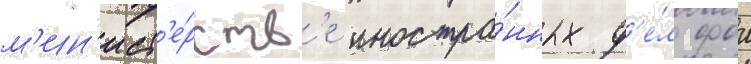
м'ин'ист'е́рств'е иностра́нных д'е́л фои